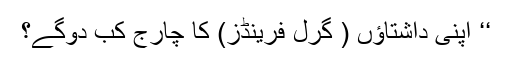
‘‘ اپنی داشتاؤں ( گرل فرینڈز) کا چارج کب دوگے؟